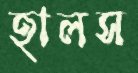
হালস